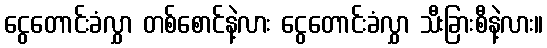
ငွေတောင်းခံလွှာ တစ်စောင်နဲ့လား ငွေတောင်းခံလွှာ သီးခြားစီနဲ့လား။